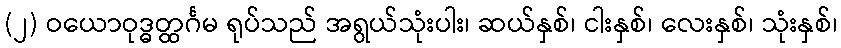
(၂) ဝယောဝုဒ္ဓတ္ထင်္ဂမ ရုပ်သည် အရွယ်သုံးပါး၊ ဆယ်နှစ်၊ ငါးနှစ်၊ လေးနှစ်၊ သုံးနှစ်၊